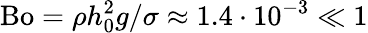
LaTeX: \mathrm{Bo}=\rho h_{0}^{2}g/\sigma\approx 1.4\cdot 10^{-3}\ll 1